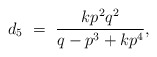
\begin{align*}d_5\ =\ \frac{kp^2q^2}{q-p^3+kp^4},\end{align*}